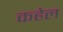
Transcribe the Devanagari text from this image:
कहेल